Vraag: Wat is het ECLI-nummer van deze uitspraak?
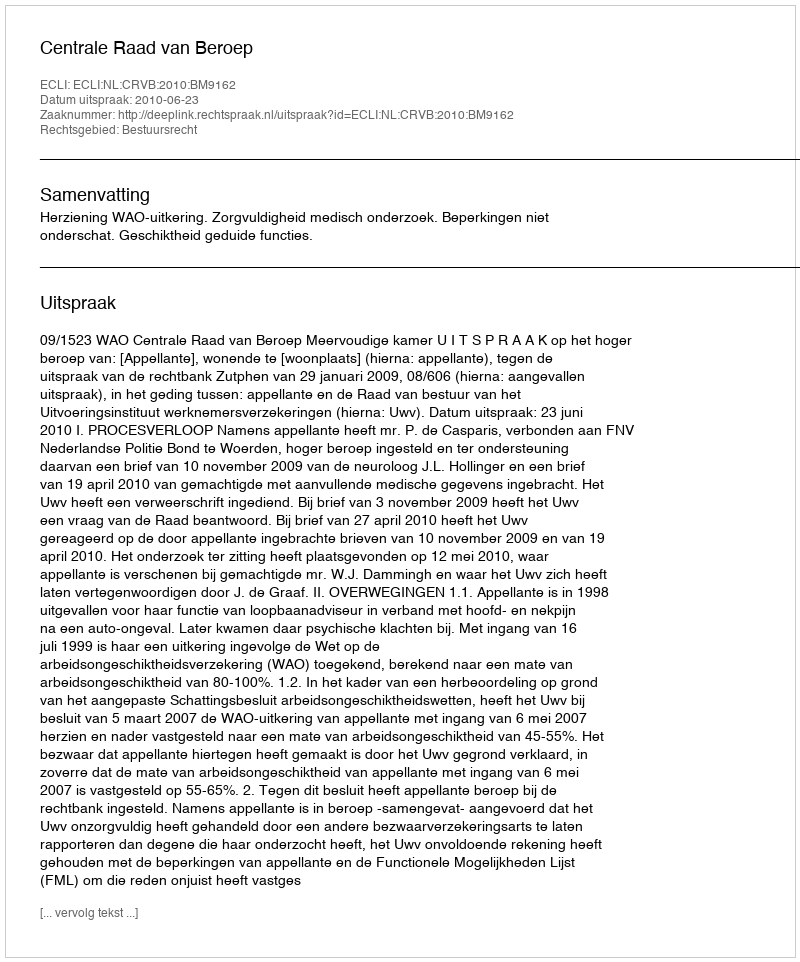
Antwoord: ECLI:NL:CRVB:2010:BM9162